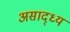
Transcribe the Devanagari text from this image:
असाद्ध्य